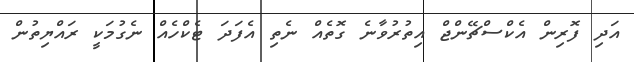
އަދި ފޮރިން އެކްސްޗޭންޖް އިތުރުވާނެ ގޮތެއް ނެތި އެފަދަ ޓެކްހެއް ނެގުމަކީ ރައްޔިތުން